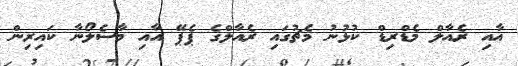
އާއި ރެއާލް މެޑްރިޑް ކުޅުނު މެޗުގައި ރެއާލްގެ ޕެޕޭ އާއި މާސެލޯނާ ކައިރިން